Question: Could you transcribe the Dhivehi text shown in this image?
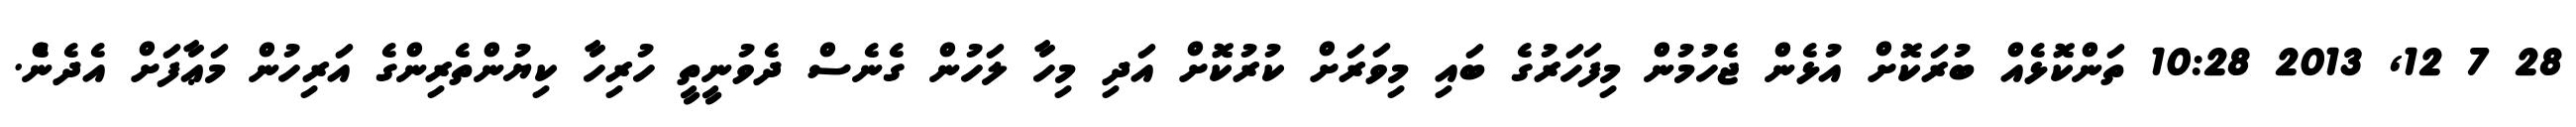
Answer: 28 7 12, 2013 10:28 ތަންކޮޅެއް ބުރަކޮށް އުޅެން ޖެހުމުން މިފަހަރުގެ ބައި މިވަރަށް ކުރުކޮށް އަދި މިހާ ލަހުން ގެނެސް ދެވުނީތީ ހުރިހާ ކިޔުންތެރިންގެ އަރިހުން މަޢާފަށް އެދެނެް.